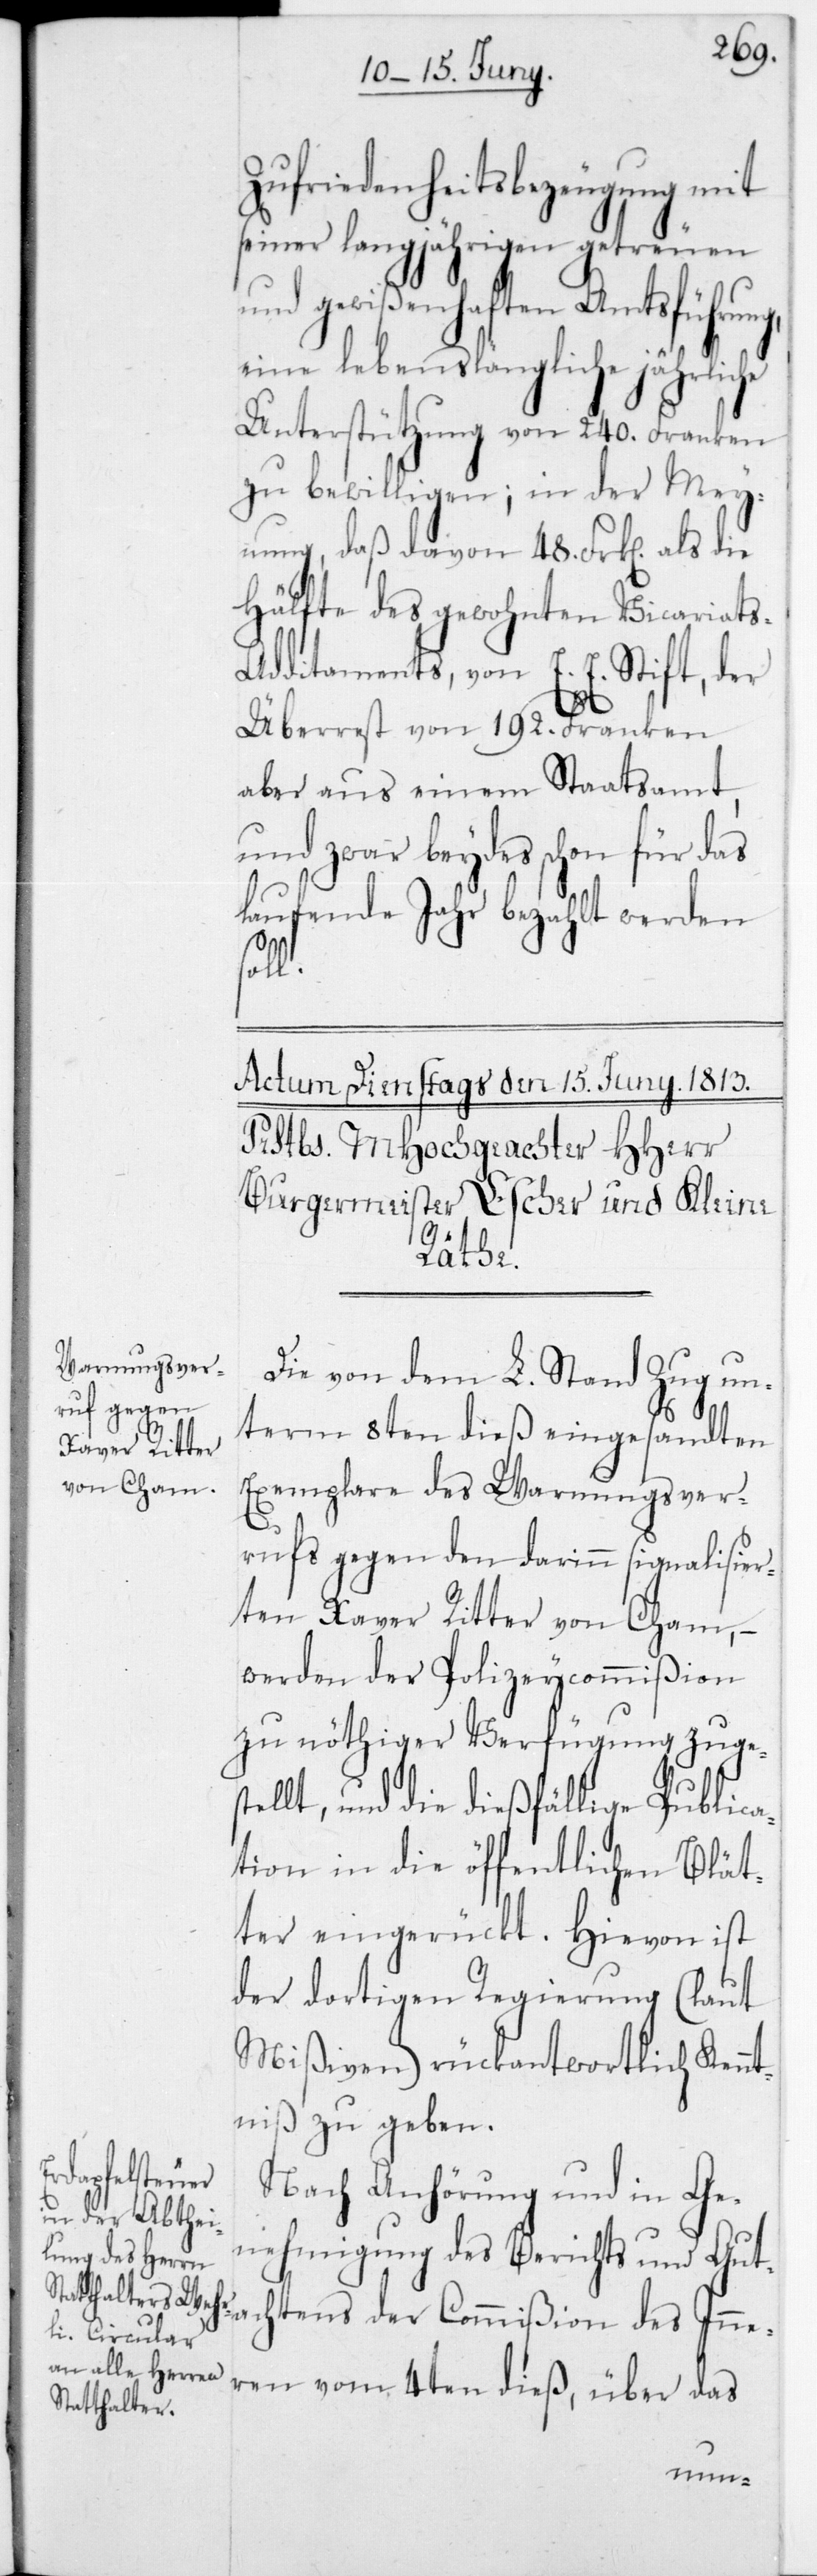
Zufriedenheitsbezeugung mit
seiner langjährigen getreuen
und gewißenhaften Amtsführung,
eine lebenslängliche jährliche
Unterstützung von 240 Franken
zu bewilligen; in der Mey¬
nung, daß davon 48 Frk[en] als die
Hälfte des gewohnten Vicariat¬
s-Additaments, von E. E. Stift, der
Überrest von 192 Franken
aber aus einem Staatsamt,
und zwar beydes schon für das
laufende Jahr bezahlt werden
soll.
Die von dem L. Stand Zug un¬
term 8ten dieß eingesandten
Exemplare des Warnungsver¬
rufs gegen den darinn signalisier¬
ten Xaver Ritter von Cham, –
werden der Polizeycommißion
zu nöthiger Verfügung zuges¬
tellt, und die dießfällige Publica¬
tion in die öffentlichen Blät¬
ter eingerückt. Hievon ist
der dortigen Regierung (laut
Mißiven) rückantwortlich Kennt¬
niß zu geben.
achtens der
Nach Anhörung und in Ge¬
nehmigung des Berichts und Gut¬
ren vom 4ten dieß, über das
Inne¬